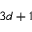
3 d + 1